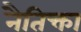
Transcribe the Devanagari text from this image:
नैतिक्ता